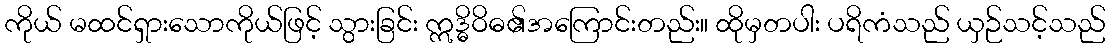
ကိုယ် မထင်ရှားသောကိုယ်ဖြင့် သွားခြင်း ဣဒ္ဓိဝိဓ၏အကြောင်းတည်း။ ထိုမှတပါး ပရိကံသည် ယှဉ်သင့်သည်